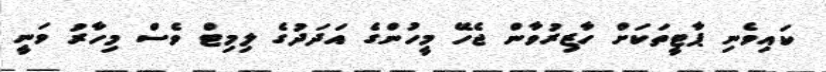
ކައިވެނި ޕާޓީތަކަށް ހާޒިރުވާން ޖެހޭ މީހުންގެ އަދަދުގެ ލިމިޓް ވެސް މިހާރު ވަނީ